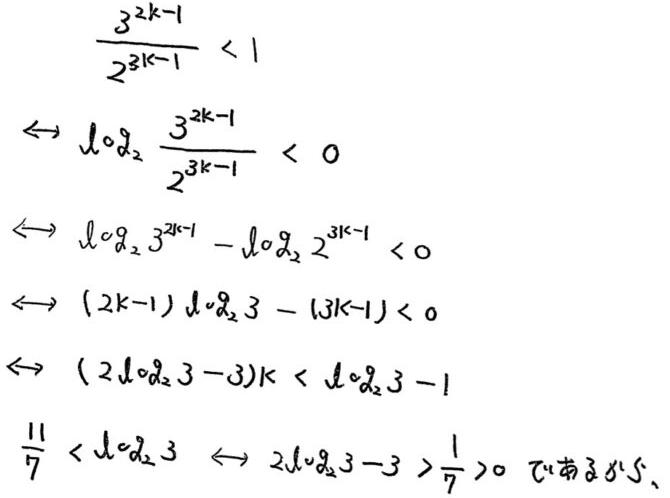
\[
\begin{align*}
\frac{3^{2k - 1}}{2^{3k - 1}}&<1\\
\leftrightarrow\log_2\frac{3^{2k - 1}}{2^{3k - 1}}&<0\\
\leftrightarrow\log_2 3^{2k - 1}-\log_2 2^{3k - 1}&<0\\
\leftrightarrow(2k - 1)\log_2 3-(3k - 1)&<0\\
\leftrightarrow(2\log_2 3 - 3)k&<\log_2 3 - 1\\
\frac{1}{7}&<\log_2 3\leftrightarrow2\log_2 3-3>\frac{1}{7}>0 \text{ （后略部分）}
\end{align*}
\]